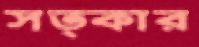
সত্কার